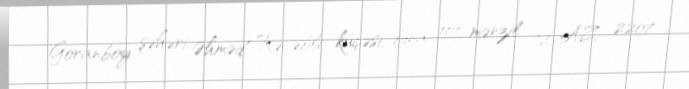
Goranboy şəhəri, Əhməd Rəcəbli küçəsi, bina 117, mənzil 72, AZ 2207